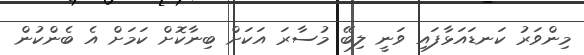
މިންވަރު ކަނޑައަޅާފައި ވަނީ ލިބޭ މުސާރަ އަކަށް ބިނާކޮށް ކަމަށް އެ ބެންކުން